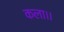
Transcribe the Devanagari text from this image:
कला।।